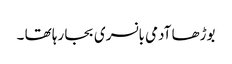
بوڑھا آدمی بانسری بجا رہا تھا ۔